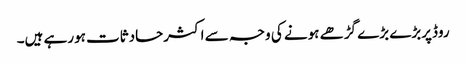
روڈپربڑے بڑے گڑھے ہونے کی وجہ سے اکثرحادثات ہورہے ہیں۔